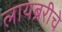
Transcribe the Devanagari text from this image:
लायब्ररीचे